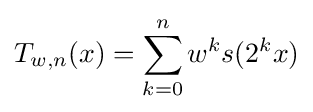
T_{w,n}(x)=\sum _{k=0}^{n}w^{k}s(2^{k}x)